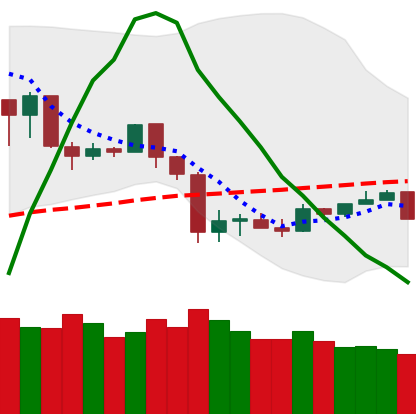
Ticker: TRX-USD
Chart end date: 2020-03-07
Forward return: -48.431%
Label: down_7plus